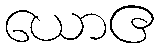
ယောဧ